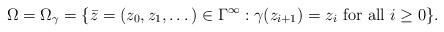
LaTeX: \begin{align*} \Omega=\Omega_\gamma=\{\bar{z} = (z_0,z_1,\dots)\in \Gamma^\infty:\gamma(z_{i+1}) = z_i\mbox{ for all }i\geq 0\}. \end{align*}